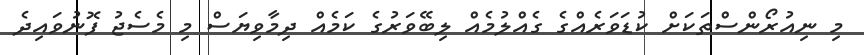
މި ނިއުރޯންސްތަކަށް ކުޑަވަރެއްގެ ގެއްލުމެއް ލިބޭވަރުގެ ކަމެއް ދިމާވިޔަސް މި މެސެޖު ފޮނުވައިދެ